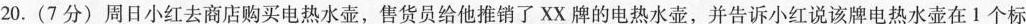
20.(7分)周日小红去商店购买电热水壶，售货员给他推销了XX牌的电热水壶，并告诉小红说该牌电热水壶在1个标